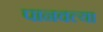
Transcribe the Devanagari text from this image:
पानवल्या